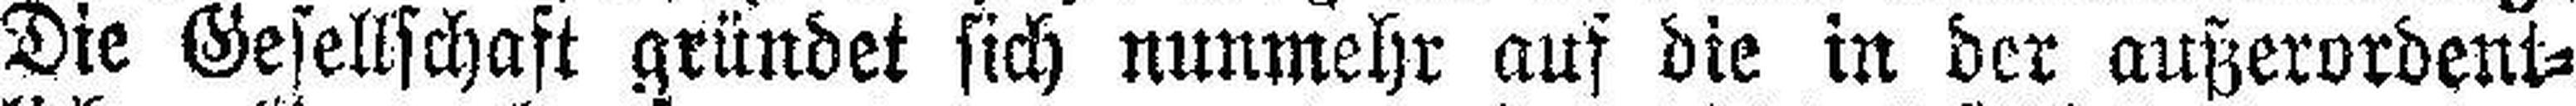
Die Gesellschaft gründet sich nunmehr auf die in der außerordent¬